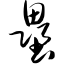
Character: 垒